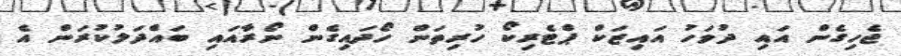
ޖެހިގެން އައި ދުވަހު އައިޒަކް ޕްޓެރިކޯ ހުރިތަން ހޯދައިގެން ނޯރާއައި ބައްދަލުކުރަން އެ